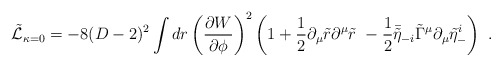
\begin{align*}\tilde{\cal L}_{\kappa=0} = -8(D-2)^2\int dr \left({\partial W\over\partial\phi}\right)^2\left(1+{1\over 2}\partial_{\mu} \tilde r\partial^{\mu} \tilde r\ -{1\over 2}\bar{\tilde\eta}_{-i}\tilde\Gamma^{\mu}\partial_{\mu} \tilde\eta^i_-\right)\ .\end{align*}